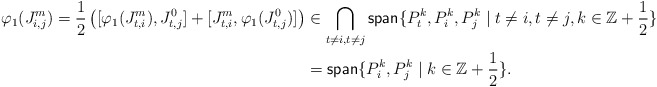
\begin{align*} \varphi_1(J_{i,j}^m)=\frac{1}{2}\left([\varphi_1(J_{t,i}^m ), J_{t,j}^0]+[ J_{t,i}^m, \varphi_1(J_{t,j}^0)]\right) & \in\bigcap_{t\neq i, t\neq j}\mathsf{span}\{P_t^k, P_i^k, P_j^k \mid t\neq i, t\neq j, k\in\mathbb{Z}+\frac{1}{2} \}&\\ &=\mathsf{span}\{ P_i^k, P_j^k \mid k\in\mathbb{Z}+\frac{1}{2} \}.&\end{align*}